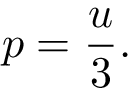
p = { \frac { u } { 3 } } .